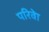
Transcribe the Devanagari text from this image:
परिवेा